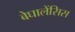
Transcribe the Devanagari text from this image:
बेघालेंसिस